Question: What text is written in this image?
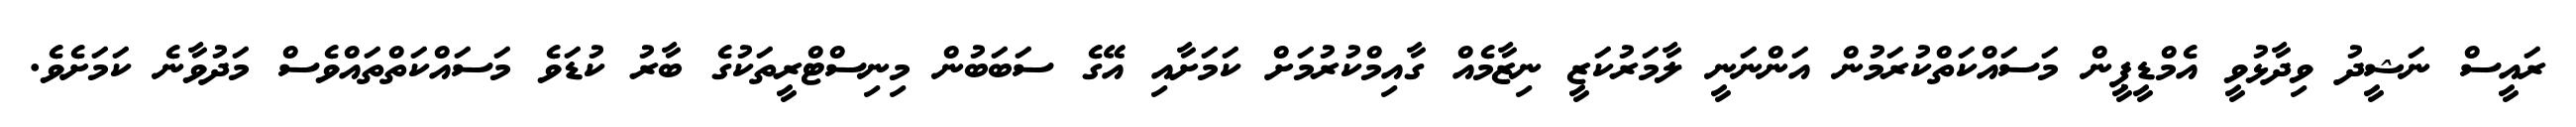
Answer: ރައީސް ނަޝީދު ވިދާޅުވީ އެމްޑީޕީން މަސައްކަތްކުރަމުން އަންނަނީ ލާމަރުކަޒީ ނިޒާމެއް ގާއިމްކުރުމަށް ކަމަށާއި އޭގެ ސަބަބުން މިނިސްޓްރީތަކުގެ ބާރު ކުޑަވެ މަސައްކަތްތައްވެސް މަދުވާނެ ކަމަށެވެ.